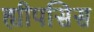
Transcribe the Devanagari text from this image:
ह्यीपसिस